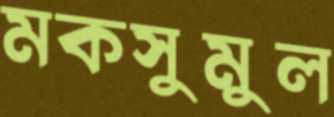
মকসুমুল